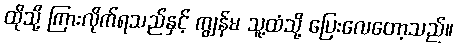
ထိုသို့ ကြားလိုက်ရသည်နှင့် ကျွန်မ သူ့ထံသို့ ပြေးလေတော့သည်။